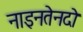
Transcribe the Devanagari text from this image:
नाइनतेनदो